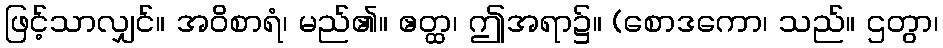
ဖြင့်သာလျှင်။ အဝိစာရံ၊ မည်၏။ ဧတ္ထ၊ ဤအရာ၌။ (စောဒကော၊ သည်။ ဌတွာ၊